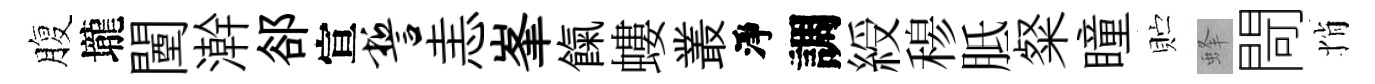
腹壠闉澣郤宣誓恚峯餼螻叢淨調綬𥠇胝粲瞳贮蜂閜悄